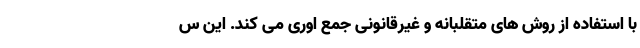
با استفاده از روش های متقلبانه و غیرقانونی جمع اوری می کند. این س